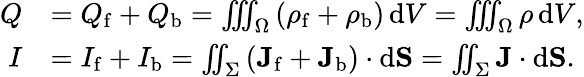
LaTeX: {\begin{array}{rl}{Q}&{=Q_{\mathrm{f}}+Q_{\mathrm{b}}=\iiint_{\Omega}\left(\rho_{\mathrm{f}}+\rho_{\mathrm{b}}\right)\, \mathrm{d}V=\iiint_{\Omega}\rho\, \mathrm{d}V,}\\ {I}&{=I_{\mathrm{f}}+I_{\mathrm{b}}=\iint_{\Sigma}\left(\mathbf{J}_{\mathrm{f}}+\mathbf{J}_{\mathrm{b}}\right)\cdot\mathrm{d}\mathbf{S}=\iint_{\Sigma}\mathbf{J}\cdot\mathrm{d}\mathbf{S}.}\end{array}}